Annual administration and progress report of the Indian Medical Department, Bombay
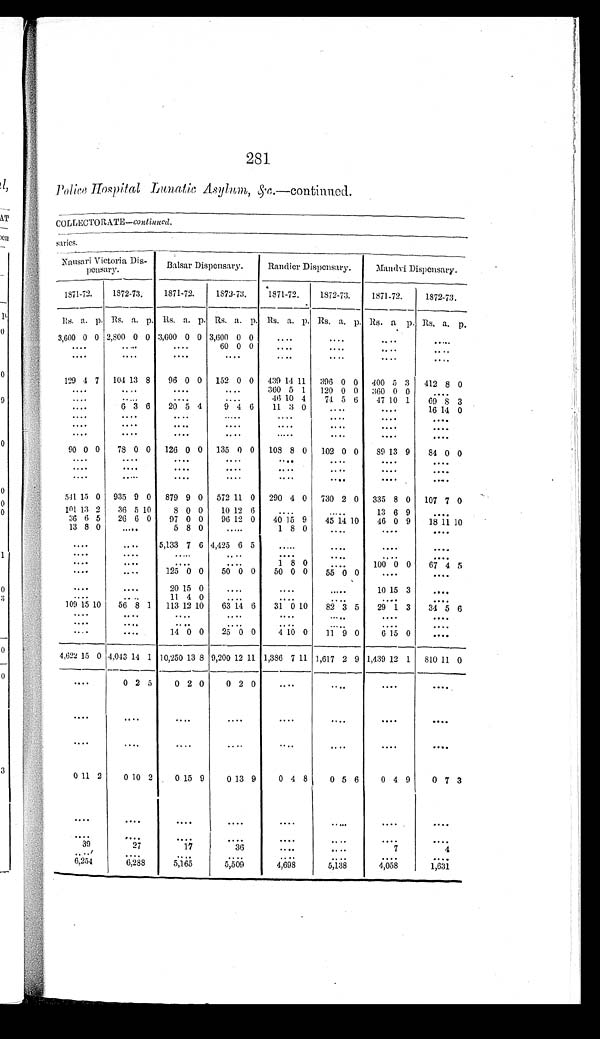
281
Police Hospital Lunatic Asylum, &c.—continued.
COLLECTORATE—continued. saries.
N a u s a r i V i c t o r i a D i s - p e n s a r y .
Balsar Dispensary.
Randier Dispensary.
Mandvi Dispensary.
1871-72.
1872-73.
1871-72.
1872-73.
1871-72.
1872-73.
1871-72.
1872-73.
Rs. a. p.
R s .
a. p.
R s . a. p. Rs. a. p.
R s . a. p.
R s . a.
p .
Rs. a.
p.
Rs. a. p.
3,600 0 0
2 , 8 0 0 0 0
3 , 6 0 0 0 0 3,600 0 0
. . .
. . .
. . .
. . .
. . .
. . .
. . .
60 0 0
. . .
. . .
. . .
. . .
. . .
. . .
. . .
. . .
. . .
. . .
. . .
. . .
129 4 7
104 13 8
96 0 0
152 0 0
439 14 11
396 0 0 400 5 3 412 8 0
. . .
. . .
. . .
. . .
360 5 1
120 0 0
360
0 0
. . .
. . .
. . .
. . .
. . .
46 10 4
74 5
6
47
1 0 1
69 8 3
. . . 6 3 6
20 5 4
9 4
6
11 3 0
. . .
. . .
16 14 0
. . .
. . .
. . .
. . .
. . .
. . .
. . .
. . .
. . .
. . .
. . .
. . .
. . .
. . .
. . .
. . .
. . .
. . .
. . .
. . .
. . .
. . .
. . .
. . .
90 0 0
78 0 0
126 0 0 135 0 0
108 8 0
102 0 0
89
13 9
84 0 0
. . .
. . .
. . .
. . .
. . .
. . .
. . .
. . .
. . .
. . .
. . .
. . .
. . .
. . .
. . .
. . .
. . .
. . .
. . .
. . .
. . .
. . .
. . .
. . .
5 4 1 15 0 935
9 0
879 9 0 572 11 0
290 4 0 730 2 0
335 8 0
107 7 0
1 0 1 13 2
36 5 10
8
0 0
10 12 6
. . .
. . .
13 6 9
. . .
36 6 5
26 6 0
9 7
0 0
96 12 0
40 15 9
45 14 10
46 0 9
18 11 10
13 8 0
. . .
5 8 0
. . .
1 8 0
. . .
. . .
. . .
. . .
. . .
5,133 7 6 4,425 6 5
. . .
. . .
. . .
. . .
. . .
. . .
. . .
. . .
. . .
. . . . . .
. . .
. . .
. . .
. . .
. . .
1
8 0
. . . 100 0 0
67 4 5
. . .
. . .
125 0 0
50 0 0
50 0 0
55 0 0
. . .
. . .
. . .
. . .
20
1 5 0
. . .
. . .
. . .
1 0 1 5 3
. . .
. . .
. . .
11
4 0
. . . . . .
. . . . . .
. . .
109 1 5 10
56 8 1
1 1 3
12 10
63 14 6 31
0
1 0 82 3 5
29 1 3
3 4 5 6
. . .
. . .
. . .
. . .. . .
. . .
. . .
. . .
. . .
. . .
. . .
. . .
. . .
. . .
. . .
. . .
. . .
. . .
14
0 0
25 0 0
4
10 0
11 9 0
6 15
0
. . .
4,622 15 0 4,043 14 1 10,250 13 8
9 2 0 0
1 2 11 1,386 7 11 1,617 2 9 1,439 1 2 1 810
1 1
0
. . .
0 2 5
0 2 0
0 2 0
. . .
. . .
. . .
. . .
. . .
. . .
. . .
. . .
. . .
. . .
. . .
. . .
. . .
. . .
. . .
. . .
. . .
. . .
. . .
. . .
0 11 2
0 10 2
0 15 9 0
13
9
0 4 8
0 5 6
0 4
9
0 7 3
. . .
. . .
. . .
. . .
. . .
. . .
. . .
. . .
. . .
. . .
. . .
. . .
. . .
. . .
. . .
. . .
3 9
2 7
1 7
36
. . .
. . .
7
4
. . .
. . .
. . .
. . .
. . .
. . .
. . .
. . .
6,254
6,288
5,165
5 , 5 0 9
4,698
5,138
4,058
1,631